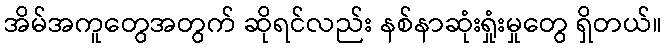
အိမ်အကူတွေအတွက် ဆိုရင်လည်း နစ်နာဆုံးရှုံးမှုတွေ ရှိတယ်။